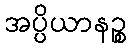
အပ္ပိယာနဉ္စ